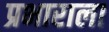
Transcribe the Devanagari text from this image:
प्रभाराला